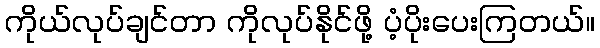
ကိုယ်လုပ်ချင်တာ ကိုလုပ်နိုင်ဖို့ ပံ့ပိုးပေးကြတယ်။